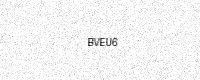
Text: BVEU6